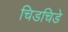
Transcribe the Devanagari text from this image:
चिडचिडे